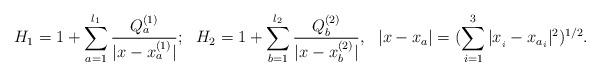
LaTeX: \begin{align*} H_{1}=1+\sum_{a=1}^{l_{1}} \frac{Q_{a}^{(1)}}{|x-x_{a}^{(1)}|};~~ H_{2}=1+\sum_{b=1}^{l_{2}} \frac{Q_{b}^{(2)}}{|x-x_{b}^{(2)}|},~~|x-x_{a}|=(\sum _{i=1}^{3}|x_{_{i}}-x_{a_{i}}|^{2})^{1/2}.\end{align*}